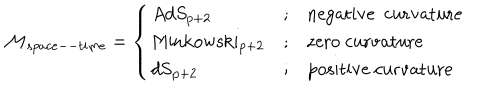
LaTeX: \mathcal { M } _ { s p a c e -- t i m e } = \left\{ \begin{array} { l c l } { { A d S _ { p + 2 } } } & { { ; } } & { { \mathrm { n e g a t i v e ~ c u r v a t u r e } } } \\ { { \mathrm { M i n k o w s k i _ { p + 2 } } } } & { { ; } } & { { \mathrm { z e r o ~ c u r v a t u r e } } } \\ { { \mathrm { d S _ { p + 2 } } } } & { { ; } } & { { \mathrm { p o s i t i v e ~ c u r v a t u r e } \ } } \\ \end{array} \right.